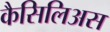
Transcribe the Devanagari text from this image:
कैसिलिअस